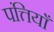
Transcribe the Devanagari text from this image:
पंत्तियाँ